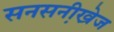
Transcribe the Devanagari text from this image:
सनसनी़खे़ज